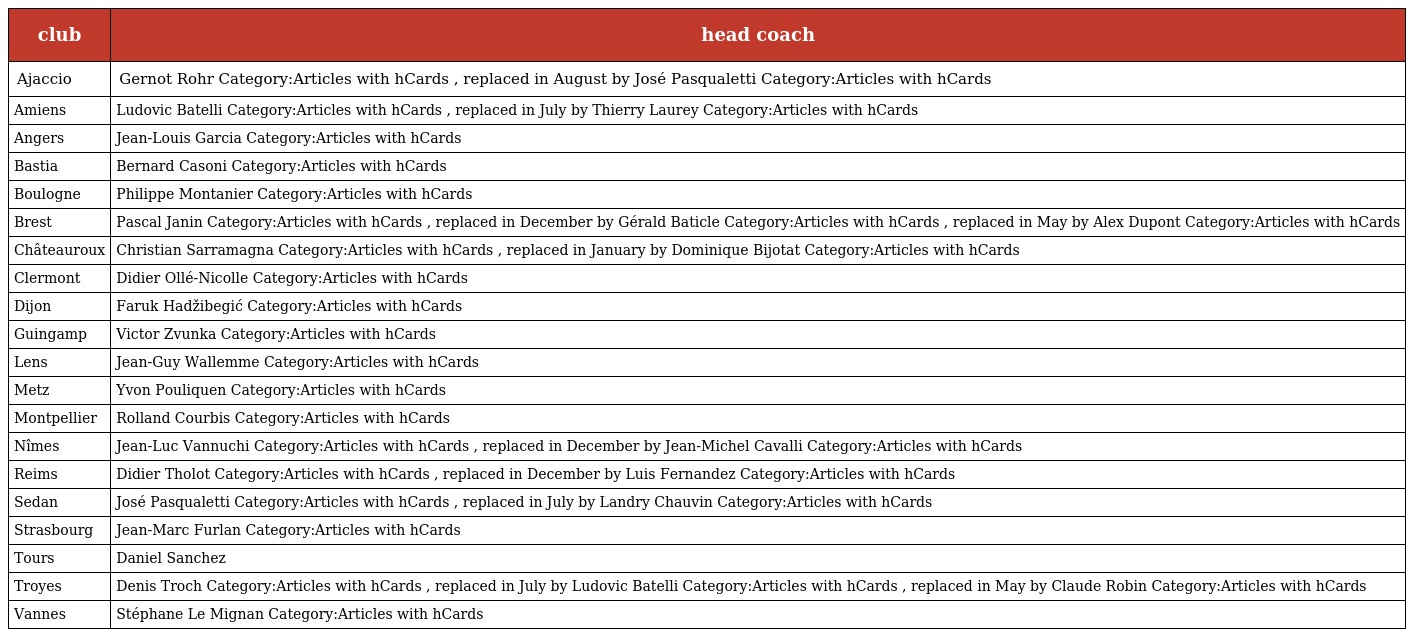
| club | head coach |
 | --- | --- |
 | Ajaccio | Gernot Rohr Category:Articles with hCards , replaced in August by José Pasqualetti Category:Articles with hCards |
 | Amiens | Ludovic Batelli Category:Articles with hCards , replaced in July by Thierry Laurey Category:Articles with hCards |
 | Angers | Jean-Louis Garcia Category:Articles with hCards |
 | Bastia | Bernard Casoni Category:Articles with hCards |
 | Boulogne | Philippe Montanier Category:Articles with hCards |
 | Brest | Pascal Janin Category:Articles with hCards , replaced in December by Gérald Baticle Category:Articles with hCards , replaced in May by Alex Dupont Category:Articles with hCards |
 | Châteauroux | Christian Sarramagna Category:Articles with hCards , replaced in January by Dominique Bijotat Category:Articles with hCards |
 | Clermont | Didier Ollé-Nicolle Category:Articles with hCards |
 | Dijon | Faruk Hadžibegić Category:Articles with hCards |
 | Guingamp | Victor Zvunka Category:Articles with hCards |
 | Lens | Jean-Guy Wallemme Category:Articles with hCards |
 | Metz | Yvon Pouliquen Category:Articles with hCards |
 | Montpellier | Rolland Courbis Category:Articles with hCards |
 | Nîmes | Jean-Luc Vannuchi Category:Articles with hCards , replaced in December by Jean-Michel Cavalli Category:Articles with hCards |
 | Reims | Didier Tholot Category:Articles with hCards , replaced in December by Luis Fernandez Category:Articles with hCards |
 | Sedan | José Pasqualetti Category:Articles with hCards , replaced in July by Landry Chauvin Category:Articles with hCards |
 | Strasbourg | Jean-Marc Furlan Category:Articles with hCards |
 | Tours | Daniel Sanchez |
 | Troyes | Denis Troch Category:Articles with hCards , replaced in July by Ludovic Batelli Category:Articles with hCards , replaced in May by Claude Robin Category:Articles with hCards |
 | Vannes | Stéphane Le Mignan Category:Articles with hCards |